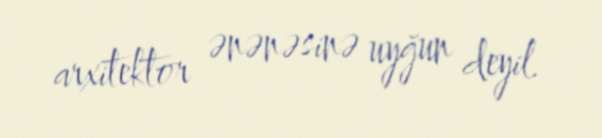
arxitektor ənənəsinə uyğun deyil.